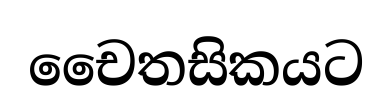
චෛතසිකයට